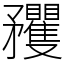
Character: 矡